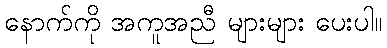
နောက်ကို အကူအညီ များများ ပေးပါ။